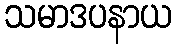
သမာဒပနာယ